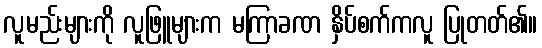
လူမည်းများကို လူဖြူများက မကြာခဏ နှိပ်စက်ကလူ ပြုတတ်၏။